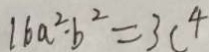
1 6 a ^ { 2 } \cdot b ^ { 2 } = 3 c ^ { 4 }